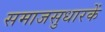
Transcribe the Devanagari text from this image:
समाजसुधारकें